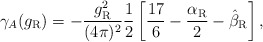
\begin{align*}\gamma_A(g_{\rm R}) =-\frac{g_{\rm R}^2}{(4\pi)^2}\frac12 \left[\frac{17}6-\frac{\alpha_{\rm R}}2-\hat\beta_{\rm R} \right],\end{align*}